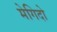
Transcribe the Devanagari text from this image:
मेगिदो